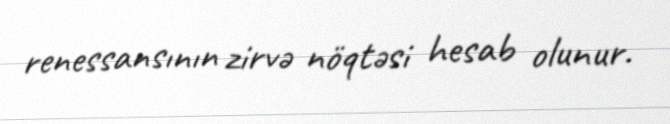
renessansının zirvə nöqtəsi hesab olunur.